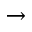
\rightarrow